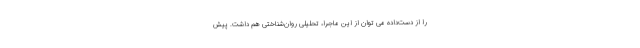
را از دست‌داده می توان از این ماجرا، تحلیلی روان‌شناختی هم داشت. پیش